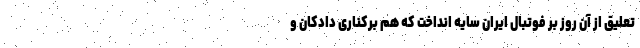
تعلیق از آن روز بر فوتبال ایران سایه انداخت که هم برکناری دادکان و